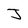
Character: J